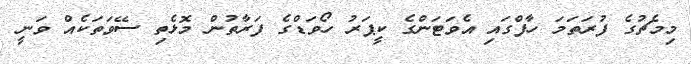
މިމެޗުގެ ފުރަތަމަ ހާފްގައި އެވަޓަންގެ ކީޕަރު ހޯވަޑްގެ ފަރާތުން މޮޅެތި ސޭވަތަކެއް ވަނީ